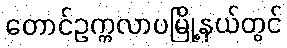
တောင်ဥက္ကလာပမြို့နယ်တွင်